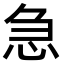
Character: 急